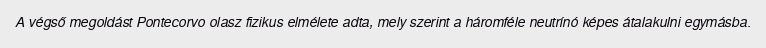
A végső megoldást Pontecorvo olasz fizikus elmélete adta, mely szerint a háromféle neutrínó képes átalakulni egymásba.